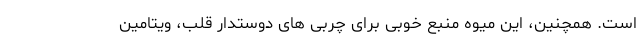
است. همچنین، این میوه منبع خوبی برای چربی های دوستدار قلب، ویتامین